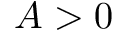
A > 0